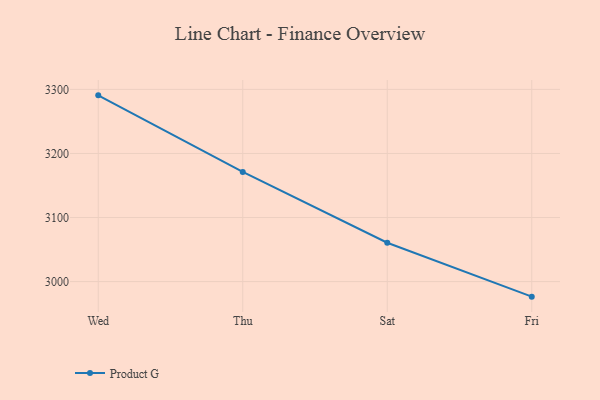
{"axis": {"x": "Day", "y": "Satisfaction Score"}, "legend": ["Product G"], "data": [{"x": "Wed", "y": 3290.7, "type": "Product G"}, {"x": "Thu", "y": 3171.2, "type": "Product G"}, {"x": "Sat", "y": 3060.7, "type": "Product G"}, {"x": "Fri", "y": 2976.5, "type": "Product G"}]}